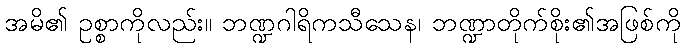
အမိ၏ ဥစ္စာကိုလည်း။ ဘဏ္ဍဂါရိကသီသေန၊ ဘဏ္ဍာတိုက်စိုး၏အဖြစ်ကို